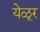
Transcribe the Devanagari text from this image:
येळूर